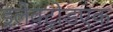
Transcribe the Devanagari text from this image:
इलेक्ट्रोडएक